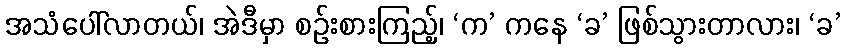
အသံပေါ်လာတယ်၊ အဲဒီမှာ စဉ်းစားကြည့်၊ ‘က’ ကနေ ‘ခ’ ဖြစ်သွားတာလား၊ ‘ခ’